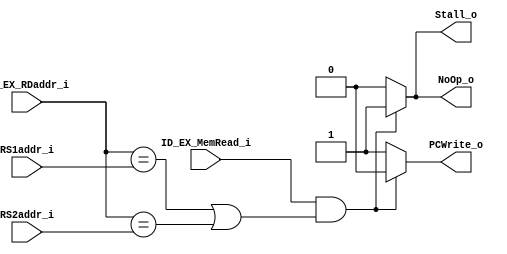
module Hazard_Detection (
    ID_EX_MemRead_i,
    ID_EX_RDaddr_i,
    RS1addr_i,
    RS2addr_i,
    NoOp_o,
    PCWrite_o,
    Stall_o
);

input ID_EX_MemRead_i;
input [4:0]  ID_EX_RDaddr_i, RS1addr_i, RS2addr_i;

output reg NoOp_o, PCWrite_o, Stall_o;

always @(ID_EX_RDaddr_i, RS1addr_i, RS2addr_i) begin
    NoOp_o = 0;
    PCWrite_o = 1;
    Stall_o = 0;
    if (ID_EX_MemRead_i && (ID_EX_RDaddr_i == RS1addr_i || ID_EX_RDaddr_i == RS2addr_i)) begin
        NoOp_o = 1;
        Stall_o = 1;
        PCWrite_o = 0;
    end
        
end

endmodule